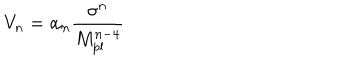
V _ { n } = \alpha _ { n } \frac { \sigma ^ { n } } { M _ { \mathrm { p l } } ^ { n - 4 } }